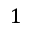
1